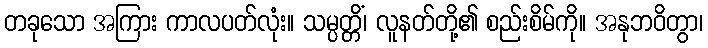
တခုသော အကြား ကာလပတ်လုံး။ သမ္ပတ္တိံ၊ လူနတ်တို့၏ စည်းစိမ်ကို။ အနုဘဝိတွာ၊